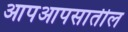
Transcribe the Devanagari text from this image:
आपआपसातील